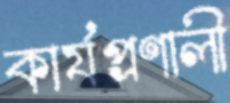
কার্যপ্রণালী